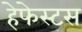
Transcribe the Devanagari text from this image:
हेफेस्टस